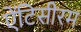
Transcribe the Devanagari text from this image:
ऐंटिसीरम